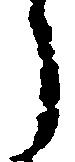
う